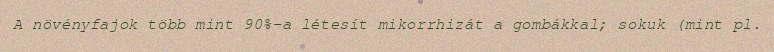
A növényfajok több mint 90%-a létesít mikorrhizát a gombákkal; sokuk (mint pl.